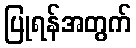
ပြုရန်အတွက်